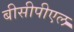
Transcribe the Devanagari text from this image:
बीसीपीएल